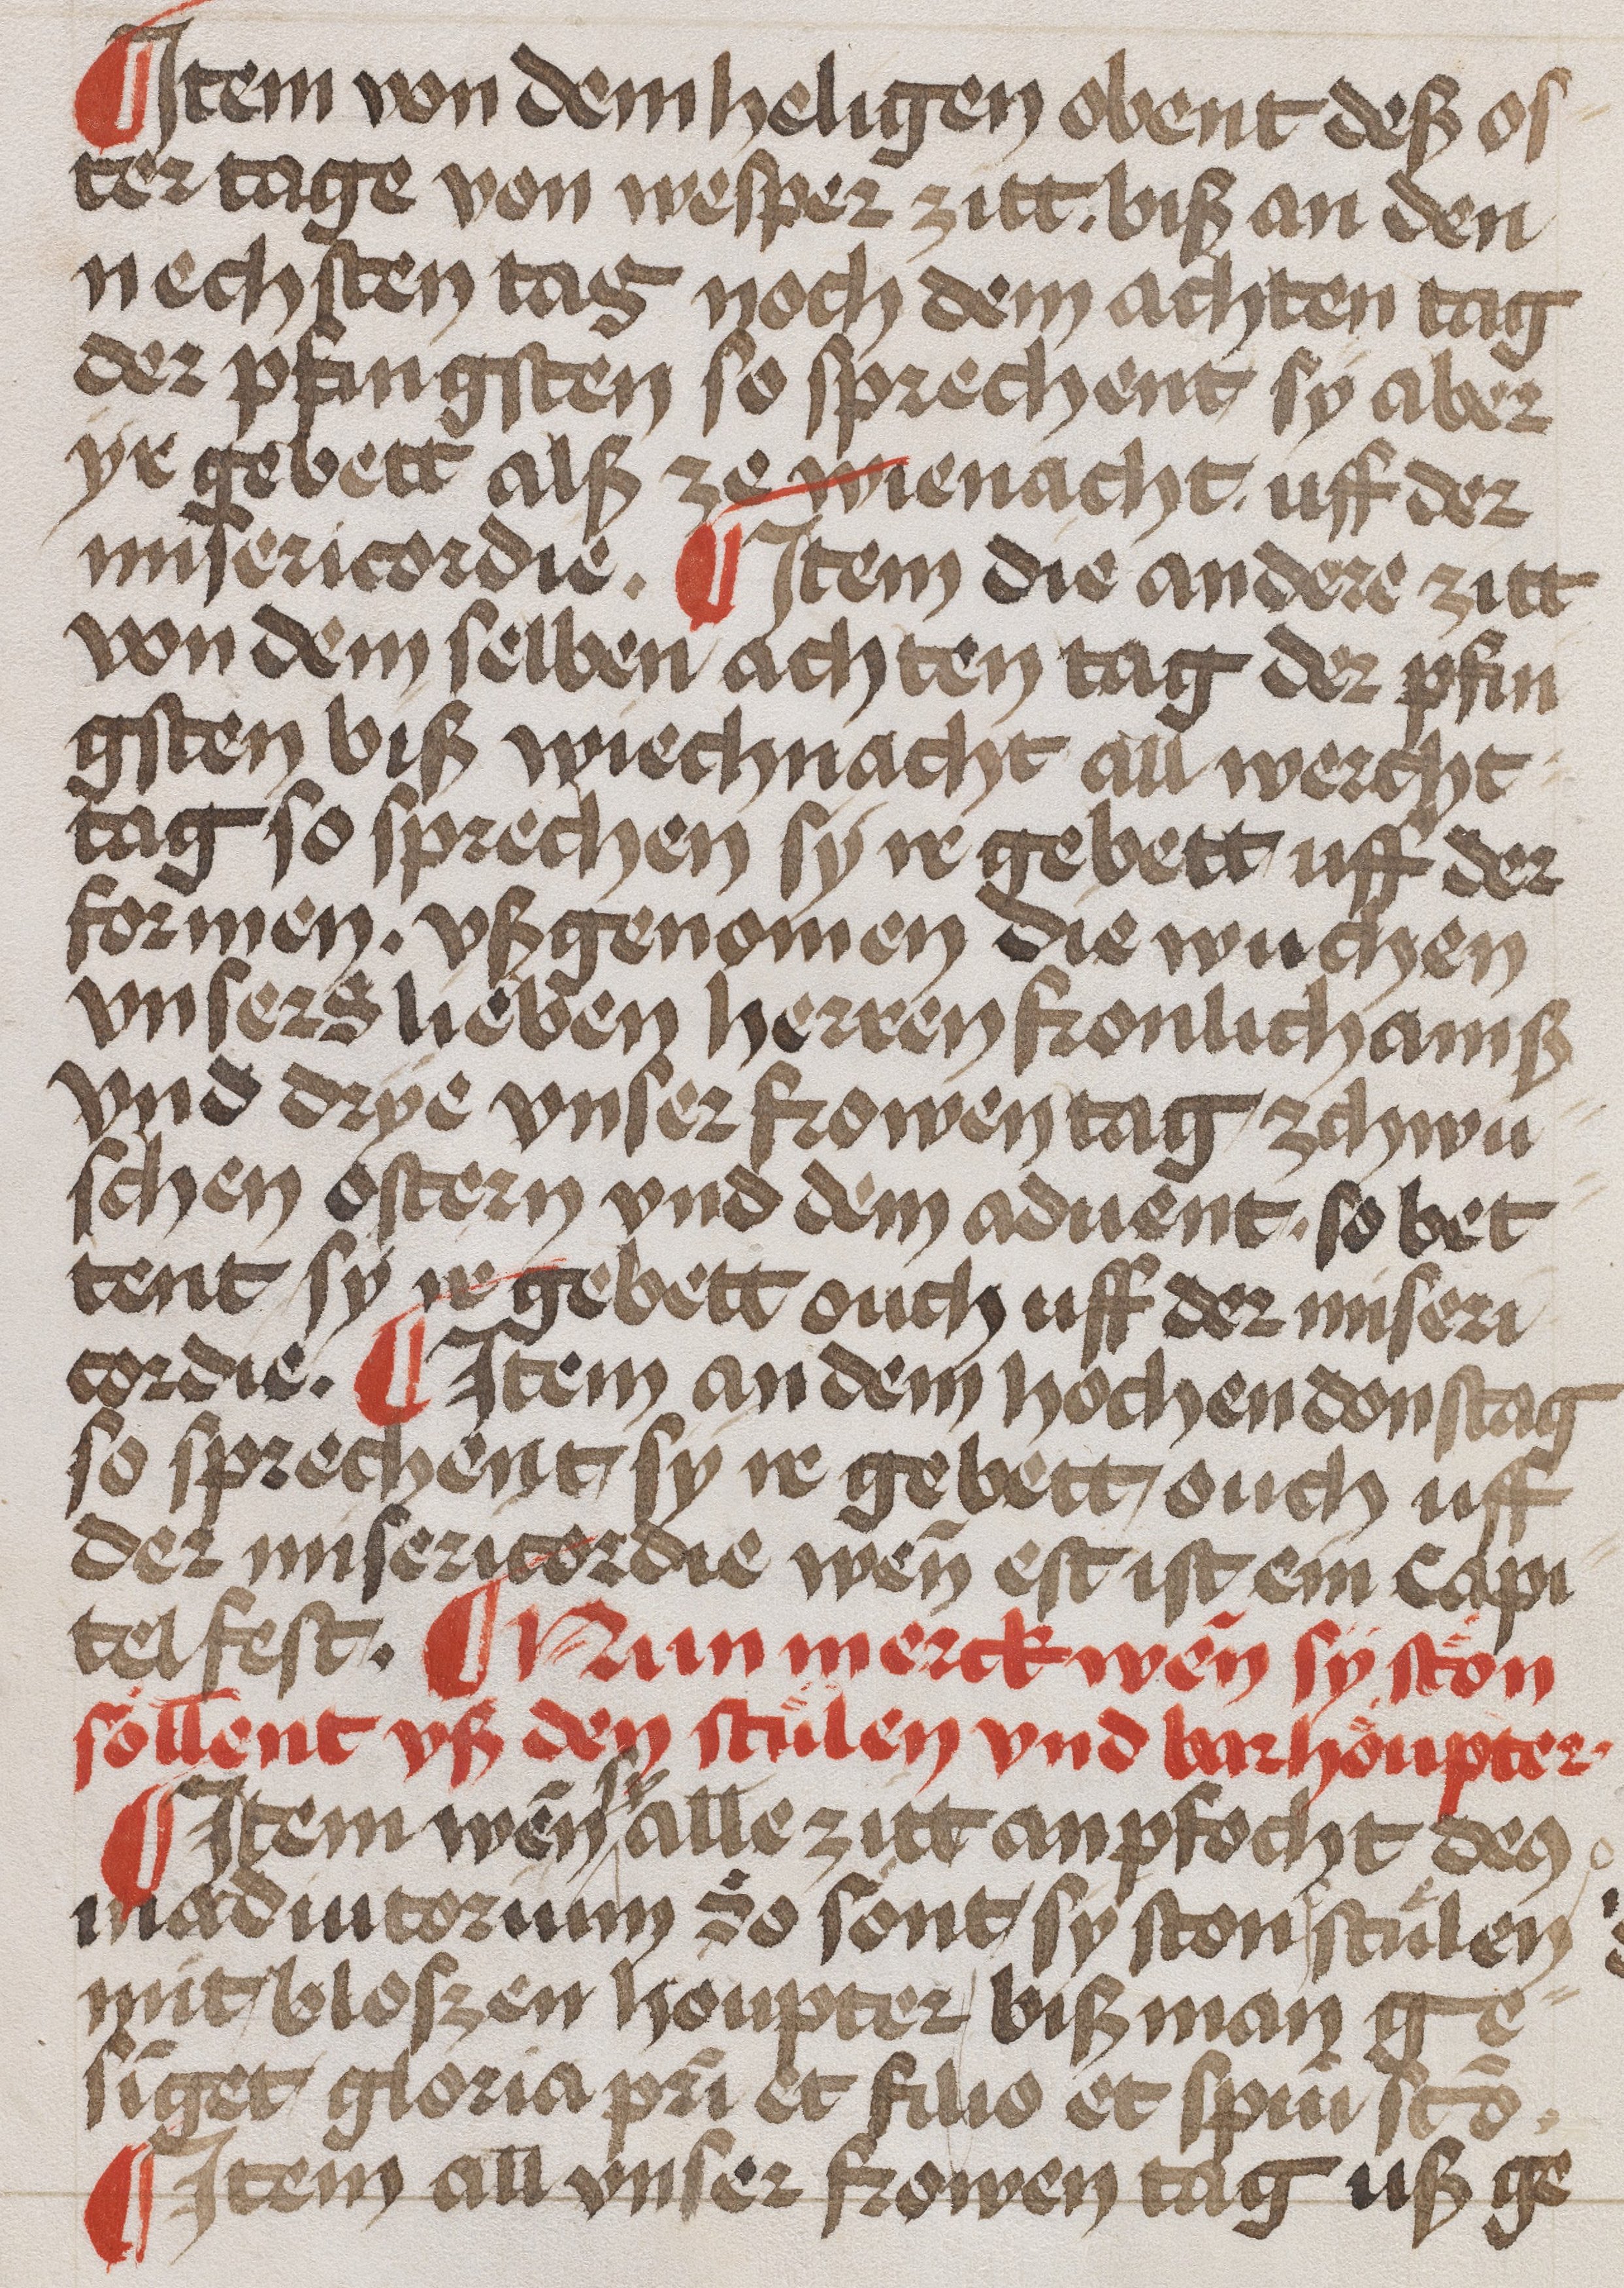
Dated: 1400–1499